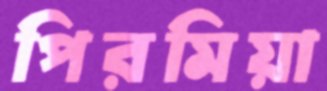
পিরমিয়া